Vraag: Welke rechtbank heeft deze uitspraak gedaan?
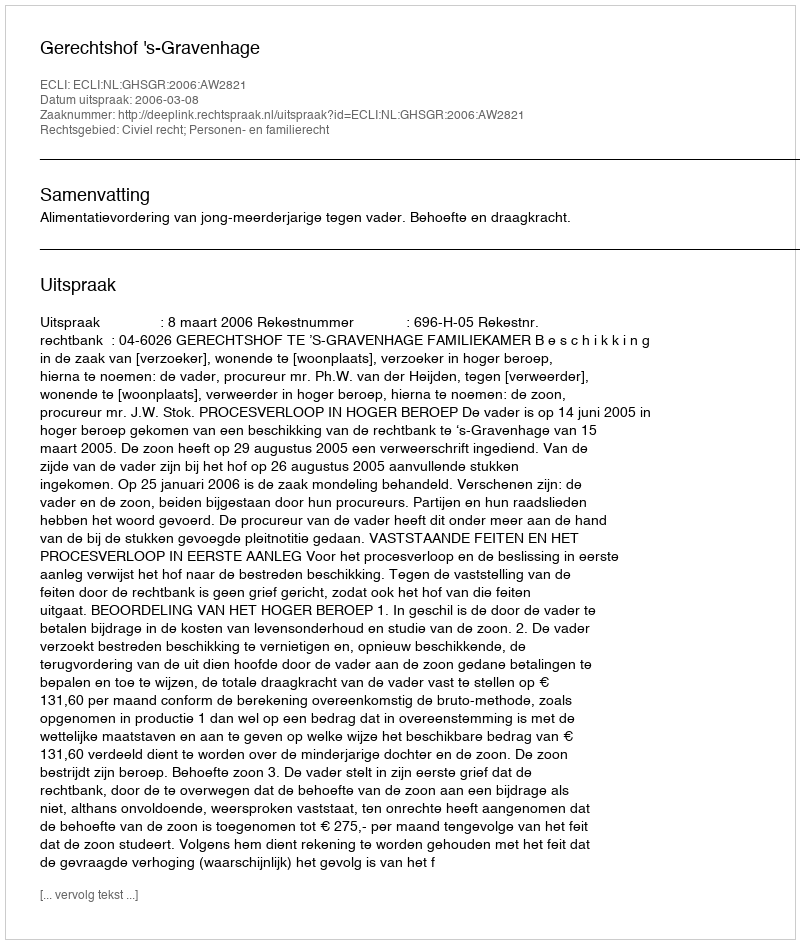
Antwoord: Gerechtshof 's-Gravenhage